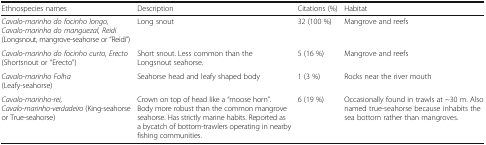
<table><thead><tr><td><b>Ethnospecies names</b></td><td><b>Description</b></td><td><b>Citations (%)</b></td><td><b>Habitat</b></td></tr></thead><tbody><tr><td><i>Cavalo-marinho do focinho longo, Cavalo-marinho do manguezal, Reidi</i>(Longsnout, mangrove-seahorse or “Reidi”)</td><td>Long snout</td><td>32 (100 %)</td><td>Mangrove and reefs</td></tr><tr><td><i>Cavalo-marinho do focinho curto, Erecto</i>(Shortsnout or “Erecto”)</td><td>Short snout. Less common than the Longsnout seahorse.</td><td>5 (16 %)</td><td>Mangrove and reefs</td></tr><tr><td><i>Cavalo-marinho Folha</i>(Leafy-seahorse)</td><td>Seahorse head and leafy shaped body</td><td>1 (3 %)</td><td>Rocks near the river mouth</td></tr><tr><td><i>Cavalo-marinho-rei,</i><i>Cavalo-marinho-verdadeiro</i> (King-seahorse or True-seahorse)</td><td>Crown on top of head like a “moose horn”. Body more robust than the common mangrove seahorse. Has strictly marine habits. Reported as a bycatch of bottom-trawlers operating in nearby fishing communities.</td><td>6 (19 %)</td><td>Occasionally found in trawls at ~30 m. Also named true-seahorse because inhabits the sea bottom rather than mangroves.</td></tr></tbody></table>